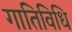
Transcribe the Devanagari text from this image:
गातिविधि